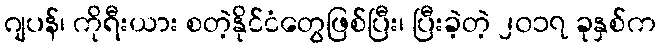
ဂျပန်၊ ကိုရီးယား စတဲ့နိုင်ငံတွေဖြစ်ပြီး၊ ပြီးခဲ့တဲ့ ၂၀၁၇ ခုနှစ်က